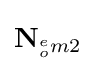
\mathbf {N} _{^{e}_{o}m2}